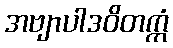
အဗျာပါဒဝိတက္ကံ